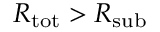
R _ { \mathrm { t o t } } > R _ { \mathrm { s u b } }